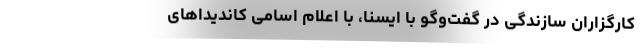
کارگزاران سازندگی در گفت‌وگو با ایسنا، با اعلام اسامی کاندیداهای